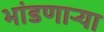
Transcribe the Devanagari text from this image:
भांडणाऱ्या